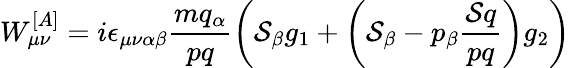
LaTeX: W_{\mu\nu}^{[A]}=i\epsilon_{\mu\nu\alpha\beta}\frac{mq_{\alpha}}{pq}\left({\cal S}_{\beta}g_{1}+\left({\cal S}_{\beta}-p_{\beta}\frac{{\cal S}q}{pq}\right)g_{2}\right)